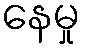
နေမှု